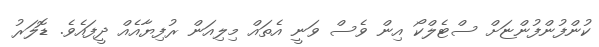
ކުންފުންފުންޏަށް ސްޓެލްކޯ އިން ވެސް ވަނީ އެތައް މިލިއަން ރުފިޔާއެއް ދީފައެވެ. ޑޮލަރު